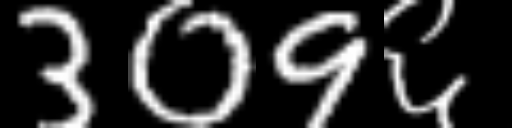
Text: 309६